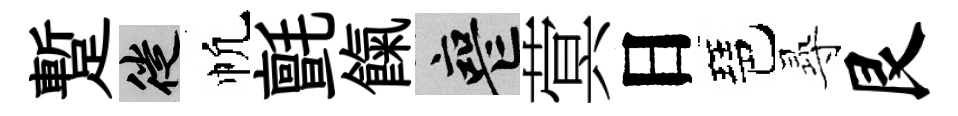
蹔徙帆氈餼喪蓂日琶𡬶艮